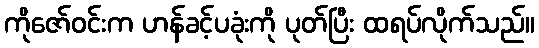
ကိုဇော်ဝင်းက ဟန်ခင့်ပခုံးကို ပုတ်ပြီး ထရပ်လိုက်သည်။